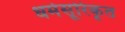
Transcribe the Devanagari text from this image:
धर्मसूरिकृत